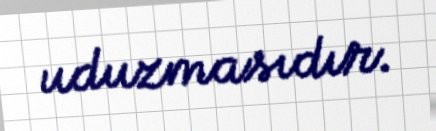
uduzmasıdır.